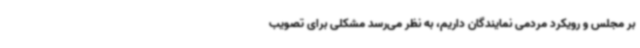
بر مجلس و رویکرد مردمی نمایندگان داریم، به نظر می‌رسد مشکلی برای تصویب